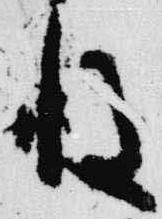
後